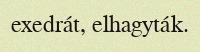
exedrát, elhagyták.